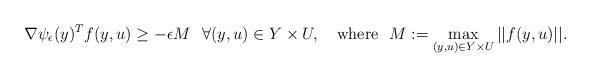
LaTeX: \begin{align*}\nabla \psi_{\epsilon}(y)^Tf(y,u)\geq - \epsilon M \ \ \forall (y,u)\in Y\times U, \ \ \ {\rm where} \ \ M:=\max_{(y,u)\in Y\times U}||f(y,u)||.\end{align*}